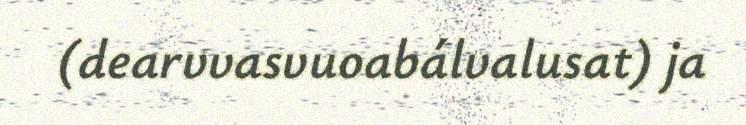
(dearvvasvuoabálvalusat) ja